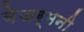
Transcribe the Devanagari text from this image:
वेजर्मनी